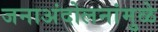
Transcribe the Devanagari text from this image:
जनाअंदोलनांमुळे